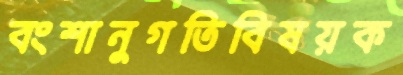
বংশানুগতিবিষয়ক